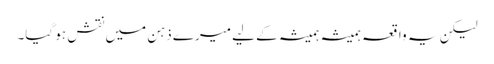
لیکن یہ واقعہ ہمیشہ ہمیشہ کے لیے میرے ذہن میں نقش ہو گیا۔